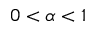
0 < \alpha < 1